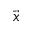
\vec { x }